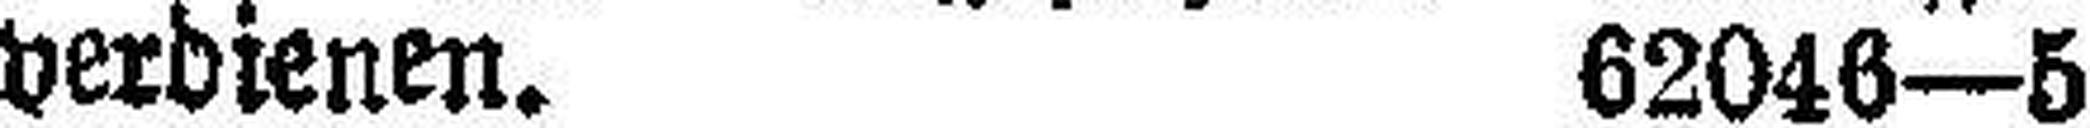
verdienen. 62046—5